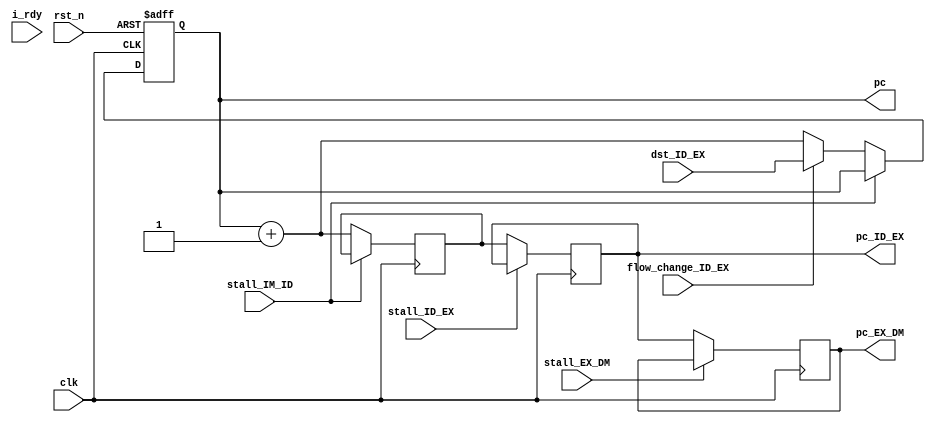
module pc(clk,rst_n,stall_IM_ID,dst_ID_EX,
          pc,pc_ID_EX,flow_change_ID_EX,pc_EX_DM,i_rdy,stall_ID_EX, stall_EX_DM);
////////////////////////////////////////////////////////////////////////////\
// This module implements the program counter logic. It normally increments \\
// the PC by 1, but when a branch is taken will add the 9-bit immediate      \\
// field to the PC+1.  In case of a jmp_imm it will add the 12-bit immediate //
// field to the PC+1.  In the case of a jmp_reg it will use the register    //
// port zero (p0) register access as the new value of the PC.  It also     //
// provides PC+1 as nxt_pc for JAL instructions.                          //
///////////////////////////////////////////////////////////////////////////
input clk,rst_n, i_rdy;				
input flow_change_ID_EX;			// asserted from branch boolean on jump or taken branch
input stall_IM_ID, stall_ID_EX, stall_EX_DM;	// asserted if we need to stall the pipe
input [15:0] dst_ID_EX;				// branch target address comes in on this bus

output [15:0] pc;					// the PC, forms address to instruction memory
output reg [15:0] pc_ID_EX;			// needed in EX stage for Branch instruction
output reg [15:0] pc_EX_DM;			// needed in dst_mux for JAL instruction

reg [15:0] pc,pc_IM_ID;

wire [15:0] nxt_pc;

/////////////////////////////////////
// implement incrementer for PC+1 //
///////////////////////////////////
assign nxt_pc = pc + 1;

////////////////////////////////
// Implement the PC register //
//////////////////////////////
always @(posedge clk, negedge rst_n)
  if (!rst_n)
    pc <= 16'h0000;			
  else if (!stall_IM_ID) 	// all stalls stall the PC
    if (flow_change_ID_EX)	// even if there is a stall, flow change will be stalled.
      pc <= dst_ID_EX;
    else
	  pc <= nxt_pc;
	  
////////////////////////////////////////////////
// Implement the PC pipelined register IM_ID //
//////////////////////////////////////////////
always @(posedge clk)
  if (!stall_IM_ID)
    pc_IM_ID <= nxt_pc;		// pipeline PC points to next instruction
	
////////////////////////////////////////////////
// Implement the PC pipelined register ID_EX //
//////////////////////////////////////////////
always @(posedge clk)
  if (!stall_ID_EX)
    pc_ID_EX <= pc_IM_ID;	// pipeline it down to EX stage for jumps
	
////////////////////////////////////////////////
// Implement the PC pipelined register EX_DM //
//////////////////////////////////////////////
always @(posedge clk)
  if (!stall_EX_DM)		// added stall here to fully stall entire pipeline
    pc_EX_DM <= pc_ID_EX;	// pipeline it down to DM stage for saved register for JAL

endmodule